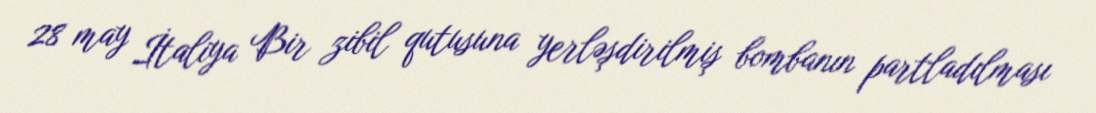
28 may İtaliya Bir zibil qutusuna yerləşdirilmiş bombanın partladılması